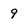
Character: 9